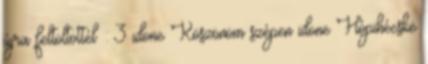
újra feltöltöttél : 3 idone Köszönöm szépen idone Hópihécske